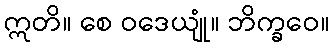
ဣတိ။ စေ ဝဒေယျုံ။ ဘိက္ခဝေ။